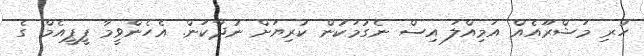
ހުރި މަޝްރޫއެއް އަމިއްލަ އިސް ނެގުމަކުން ކުރިޔަށް ނުދާކަން. އެހެންވީމާ ޕީޕީއެމް ގެ